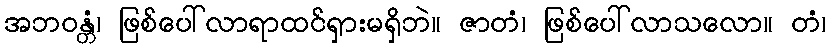
အဘဝန္တံ၊ ဖြစ်ပေါ်လာရာထင်ရှားမရှိဘဲ။ ဇာတံ၊ ဖြစ်ပေါ်လာသလော။ တံ၊